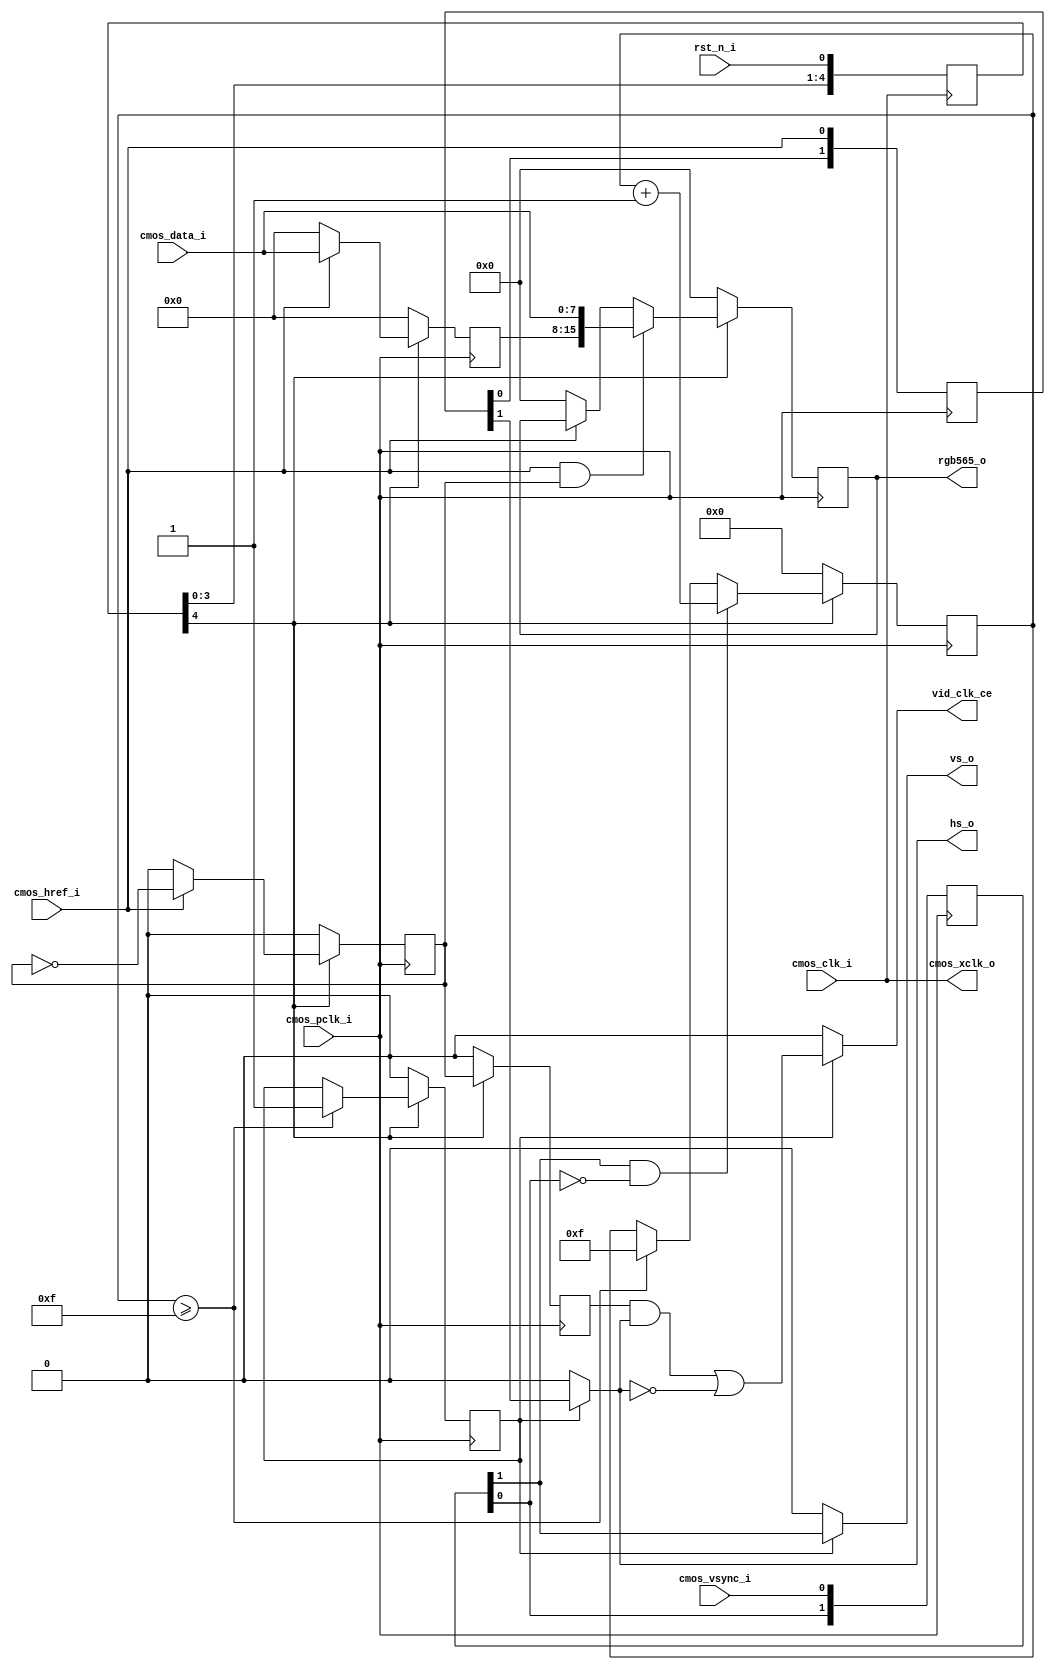
`timescale 1ns / 1ps
//////////////////////////////////////////////////////////////////////////////////
// Company: 
// Engineer: 
// 
// Design Name: 
// Module Name: cmos_decode
// Project Name: 
// Target Devices: 
// Tool Versions: 
// Description: 
// 
// Dependencies: 
// 
// Revision:
// Revision 0.01 - File Created
// Additional Comments:
// 
//////////////////////////////////////////////////////////////////////////////////


module cmos_decode(
	//system signal.
	input cmos_clk_i,//cmos senseor clock.
	input rst_n_i,//system reset.active low.
	//cmos sensor hardware interface.
	input cmos_pclk_i,//input pixel clock.
	input cmos_href_i,//input pixel hs signal.
	input cmos_vsync_i,//input pixel vs signal.
	input[7:0]cmos_data_i,//data.
	output cmos_xclk_o,//output clock to cmos sensor.
	//user interface.
	output hs_o,//hs signal.
	output vs_o,//vs signal.
	output reg [15:0] rgb565_o,//data output
	output vid_clk_ce
    );

	parameter[5:0]CMOS_FRAME_WAITCNT = 4'd15;
	reg[4:0] rst_n_reg = 5'd0;
	//reset signal deal with.
	always@(posedge cmos_clk_i) begin
		rst_n_reg <= {rst_n_reg[3:0],rst_n_i};
	end

	reg[1:0]vsync_d;
	reg[1:0]href_d;
	wire vsync_start;
	wire vsync_end;
	//vs signal deal with.
	always@(posedge cmos_pclk_i) begin
		vsync_d <= {vsync_d[0],cmos_vsync_i};
		href_d <= {href_d[0],cmos_href_i};
	end
	assign vsync_start = vsync_d[1]&(!vsync_d[0]);
	assign vsync_end = (!vsync_d[1])&vsync_d[0];

	reg[6:0]cmos_fps;
	//frame count.
	always@(posedge cmos_pclk_i) begin
		if(!rst_n_reg[4]) begin
			cmos_fps <= 7'd0;
		end else if(vsync_start) begin
			cmos_fps <= cmos_fps + 7'd1;
		end else if(cmos_fps >= CMOS_FRAME_WAITCNT) begin
			cmos_fps <= CMOS_FRAME_WAITCNT;
		end
	end

	//wait frames and output enable.
	reg out_en;
	always@(posedge cmos_pclk_i) begin
		if(!rst_n_reg[4]) begin
			out_en <= 1'b0;
		end else if(cmos_fps >= CMOS_FRAME_WAITCNT) begin
			out_en <= 1'b1;
		end else begin
			out_en <= out_en;
		end
	end

	//output data 8bit changed into 16bit in rgb565.
	reg [7:0] cmos_data_d0;
	reg [15:0]cmos_rgb565_d0;
	reg byte_flag;
	always@(posedge cmos_pclk_i) begin
		if(!rst_n_reg[4]) begin
			byte_flag <= 0;
		end else if(cmos_href_i) begin
			byte_flag <= ~byte_flag;
		end else begin
			byte_flag <= 0;
		end
	end

	reg byte_flag_r0;
	always@(posedge cmos_pclk_i) begin
		if(!rst_n_reg[4]) begin
			byte_flag_r0 <= 0;
		end else begin
			byte_flag_r0 <= byte_flag;
		end
	end

	always@(posedge cmos_pclk_i) begin
		if(!rst_n_reg[4]) begin
			cmos_data_d0 <= 8'd0;
		end else if(cmos_href_i) begin
			cmos_data_d0 <= cmos_data_i; //MSB -> LSB
		end else if(~cmos_href_i) begin
			cmos_data_d0 <= 8'd0;
		end
	end

	always@(posedge cmos_pclk_i) begin
		if(!rst_n_reg[4]) begin
			rgb565_o <= 16'd0;
		end else if(cmos_href_i&byte_flag) begin
			rgb565_o <= {cmos_data_d0,cmos_data_i}; //MSB -> LSB
		end else if(~cmos_href_i) begin
			rgb565_o <= 8'd0;
		end
	end

	assign vid_clk_ce = out_en ? (byte_flag_r0&hs_o)||(!hs_o) : 1'b0;
	assign vs_o = out_en ? vsync_d[1] : 1'b0;
	assign hs_o = out_en ? href_d[1] : 1'b0;
	assign cmos_xclk_o = cmos_clk_i;

endmodule